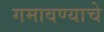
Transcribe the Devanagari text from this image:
गमावण्याचे